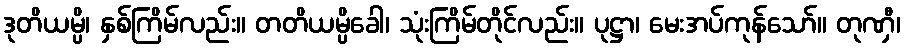
ဒုတိယမ္ပိ၊ နှစ်ကြိမ်လည်း။ တတိယမ္ပိခေါ၊ သုံးကြိမ်တိုင်လည်း။ ပုဋ္ဌာ၊ မေးအပ်ကုန်သော်။ တုဏှီ၊